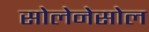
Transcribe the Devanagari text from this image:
सोलेनेसोल